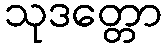
သုဒတ္တော